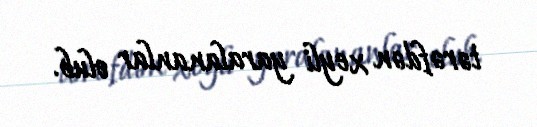
tərəfdən xeyli yaralananlar olub.